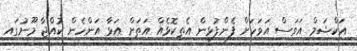
އަކްޝަމް އަވަސް އަވަހަށް ފެންފުޅިން އެތިކޮޅެއް އަތަށް އަޅާ އަންހެން ކުއްޖާ މޫނުގައި